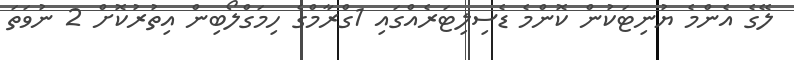
ލޭގެ އެންމެ ޔުނިޓަކުން ކޮންމެ ޑެސިލިޓަރެއްގައި 1ގްރާމްގެ ހިމަގްލޯބިން އިތުރުކޮށް 2 ނުވަތަ